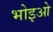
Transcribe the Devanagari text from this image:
भोइओ